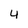
Character: 4